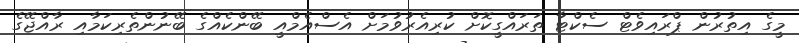
މީގެ އިތުރުން ޕްރައިވެޓް ސެކްޓާ ތަރައްގީކޮށް ކުރިއެރުވުމަށް އެސްއެމްއީ ބޭންކެއްގެ ބޭނުންތެރިކަމާއި ރާއްޖޭގެ